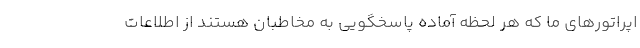
اپراتورهای ما که هر لحظه آماده پاسخگویی به مخاطبان هستند از اطلاعات